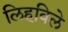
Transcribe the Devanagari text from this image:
लिहविले